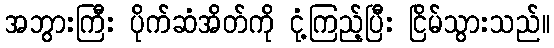
အဘွားကြီး ပိုက်ဆံအိတ်ကို ငုံ့ကြည့်ပြီး ငြိမ်သွားသည်။